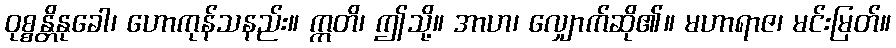
ဝုစ္စန္တိနုခေါ၊ ဟောကုန်သနည်း။ ဣတိ၊ ဤသို့။ အာဟ၊ လျှောက်ဆို၏။ မဟာရာဇ၊ မင်းမြတ်။